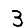
Digit: 3